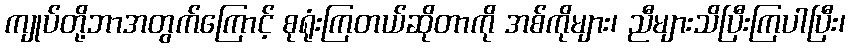
ကျုပ်တို့ဘာအတွက်ကြောင့် စုရုံးကြတယ်ဆိုတာကို အစ်ကိုများ၊ ညီများသိပြီးကြပါပြီး၊